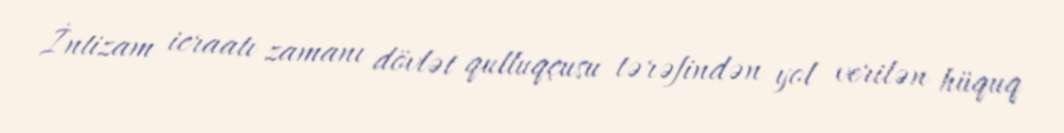
İntizam icraatı zamanı dövlət qulluqçusu tərəfindən yol verilən hüquq